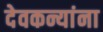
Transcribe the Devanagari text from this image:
देवकन्यांना